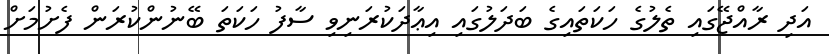
އަދި ރާއްޖޭގައި ތެލުގެ ހަކަތައިގެ ބަދަލުގައި އިޢާދަކުރަނިވި ސާފު ހަކަތަ ބޭނުންކުރަން ފެށުމަށް